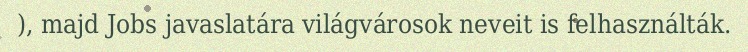
), majd Jobs javaslatára világvárosok neveit is felhasználták.